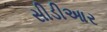
સીડીઆર